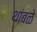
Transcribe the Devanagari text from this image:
थांबळे